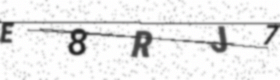
Text: E8RJ7